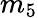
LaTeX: m_{5}